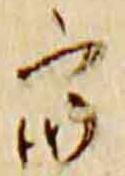
衆